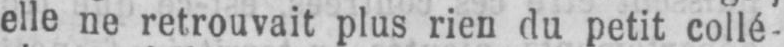
elle ne retrouvait plus rien du petit collé-